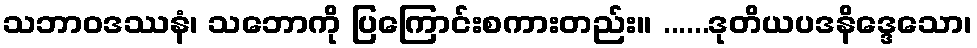
သဘာဝဒဿနံ၊ သဘောကို ပြကြောင်းစကားတည်း။ ......ဒုတိယပဒနိဒ္ဒေသော၊